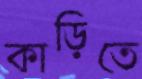
কাড়িতে